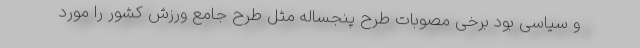
و سیاسی بود برخی مصوبات طرح پنجساله مثل طرح جامع ورزش کشور را مورد